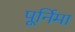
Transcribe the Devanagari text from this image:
पूर्निमा